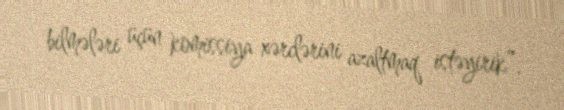
bilmələri üçün komissiya xərclərini azaltmaq istəyirik”.